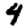
Digit: 4